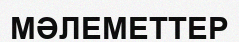
МӘЛЕМЕТТЕР